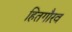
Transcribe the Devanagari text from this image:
हितगौरव